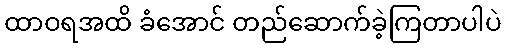
ထာဝရအထိ ခံအောင် တည်ဆောက်ခဲ့ကြတာပါပဲ